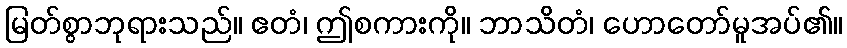
မြတ်စွာဘုရားသည်။ ဧတံ၊ ဤစကားကို။ ဘာသိတံ၊ ဟောတော်မူအပ်၏။